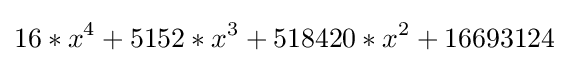
16*x^{4}+5152*x^{3}+518420*x^{2}+16693124